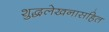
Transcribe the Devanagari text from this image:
शुद्धलेखनासहित